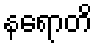
နရောတိ